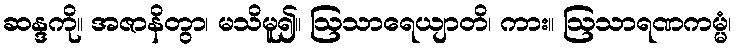
ဆန္ဒကို။ အဇာနိတွာ၊ မသိမူ၍။ ဩသာရေယျာတိ၊ ကား။ ဩသာရဏကမ္မံ၊